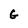
Character: G